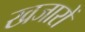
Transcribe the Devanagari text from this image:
खजारों